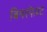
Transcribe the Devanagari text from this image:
बिमरफेस्ट